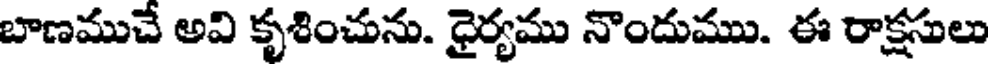
బాణముచే అవి కృశించును. ధైర్యము నొందుము. ఈ రాక్షసులు